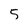
Character: 5